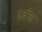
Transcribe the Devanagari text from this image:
६वीत